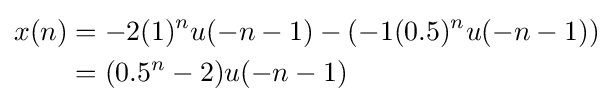
{\begin{aligned}x(n)&=-2{(1)^{n}}u(-n-1)-(-1{(0.5)^{n}}u(-n-1))\\&=(0.5^{n}-2)u(-n-1)\\\end{aligned}}